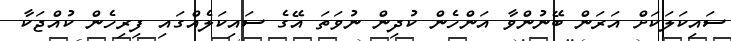
ސައިކަލަކަށް އަރަން ބޭނުންވާ އަންހެން ކުދިން ނުވަތަ އޭގެ ސައިކަލެއްގައި ފިރިހެން ކުއްޖަކާ